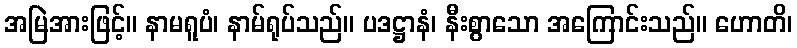
အမြဲအားဖြင့်။ နာမရူပံ၊ နာမ်ရုပ်သည်။ ပဒဋ္ဌာနံ၊ နီးစွာသော အကြောင်းသည်။ ဟောတိ၊